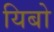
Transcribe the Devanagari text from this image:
यिबो